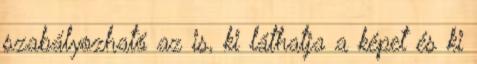
szabályozható az is, ki láthatja a képet és ki